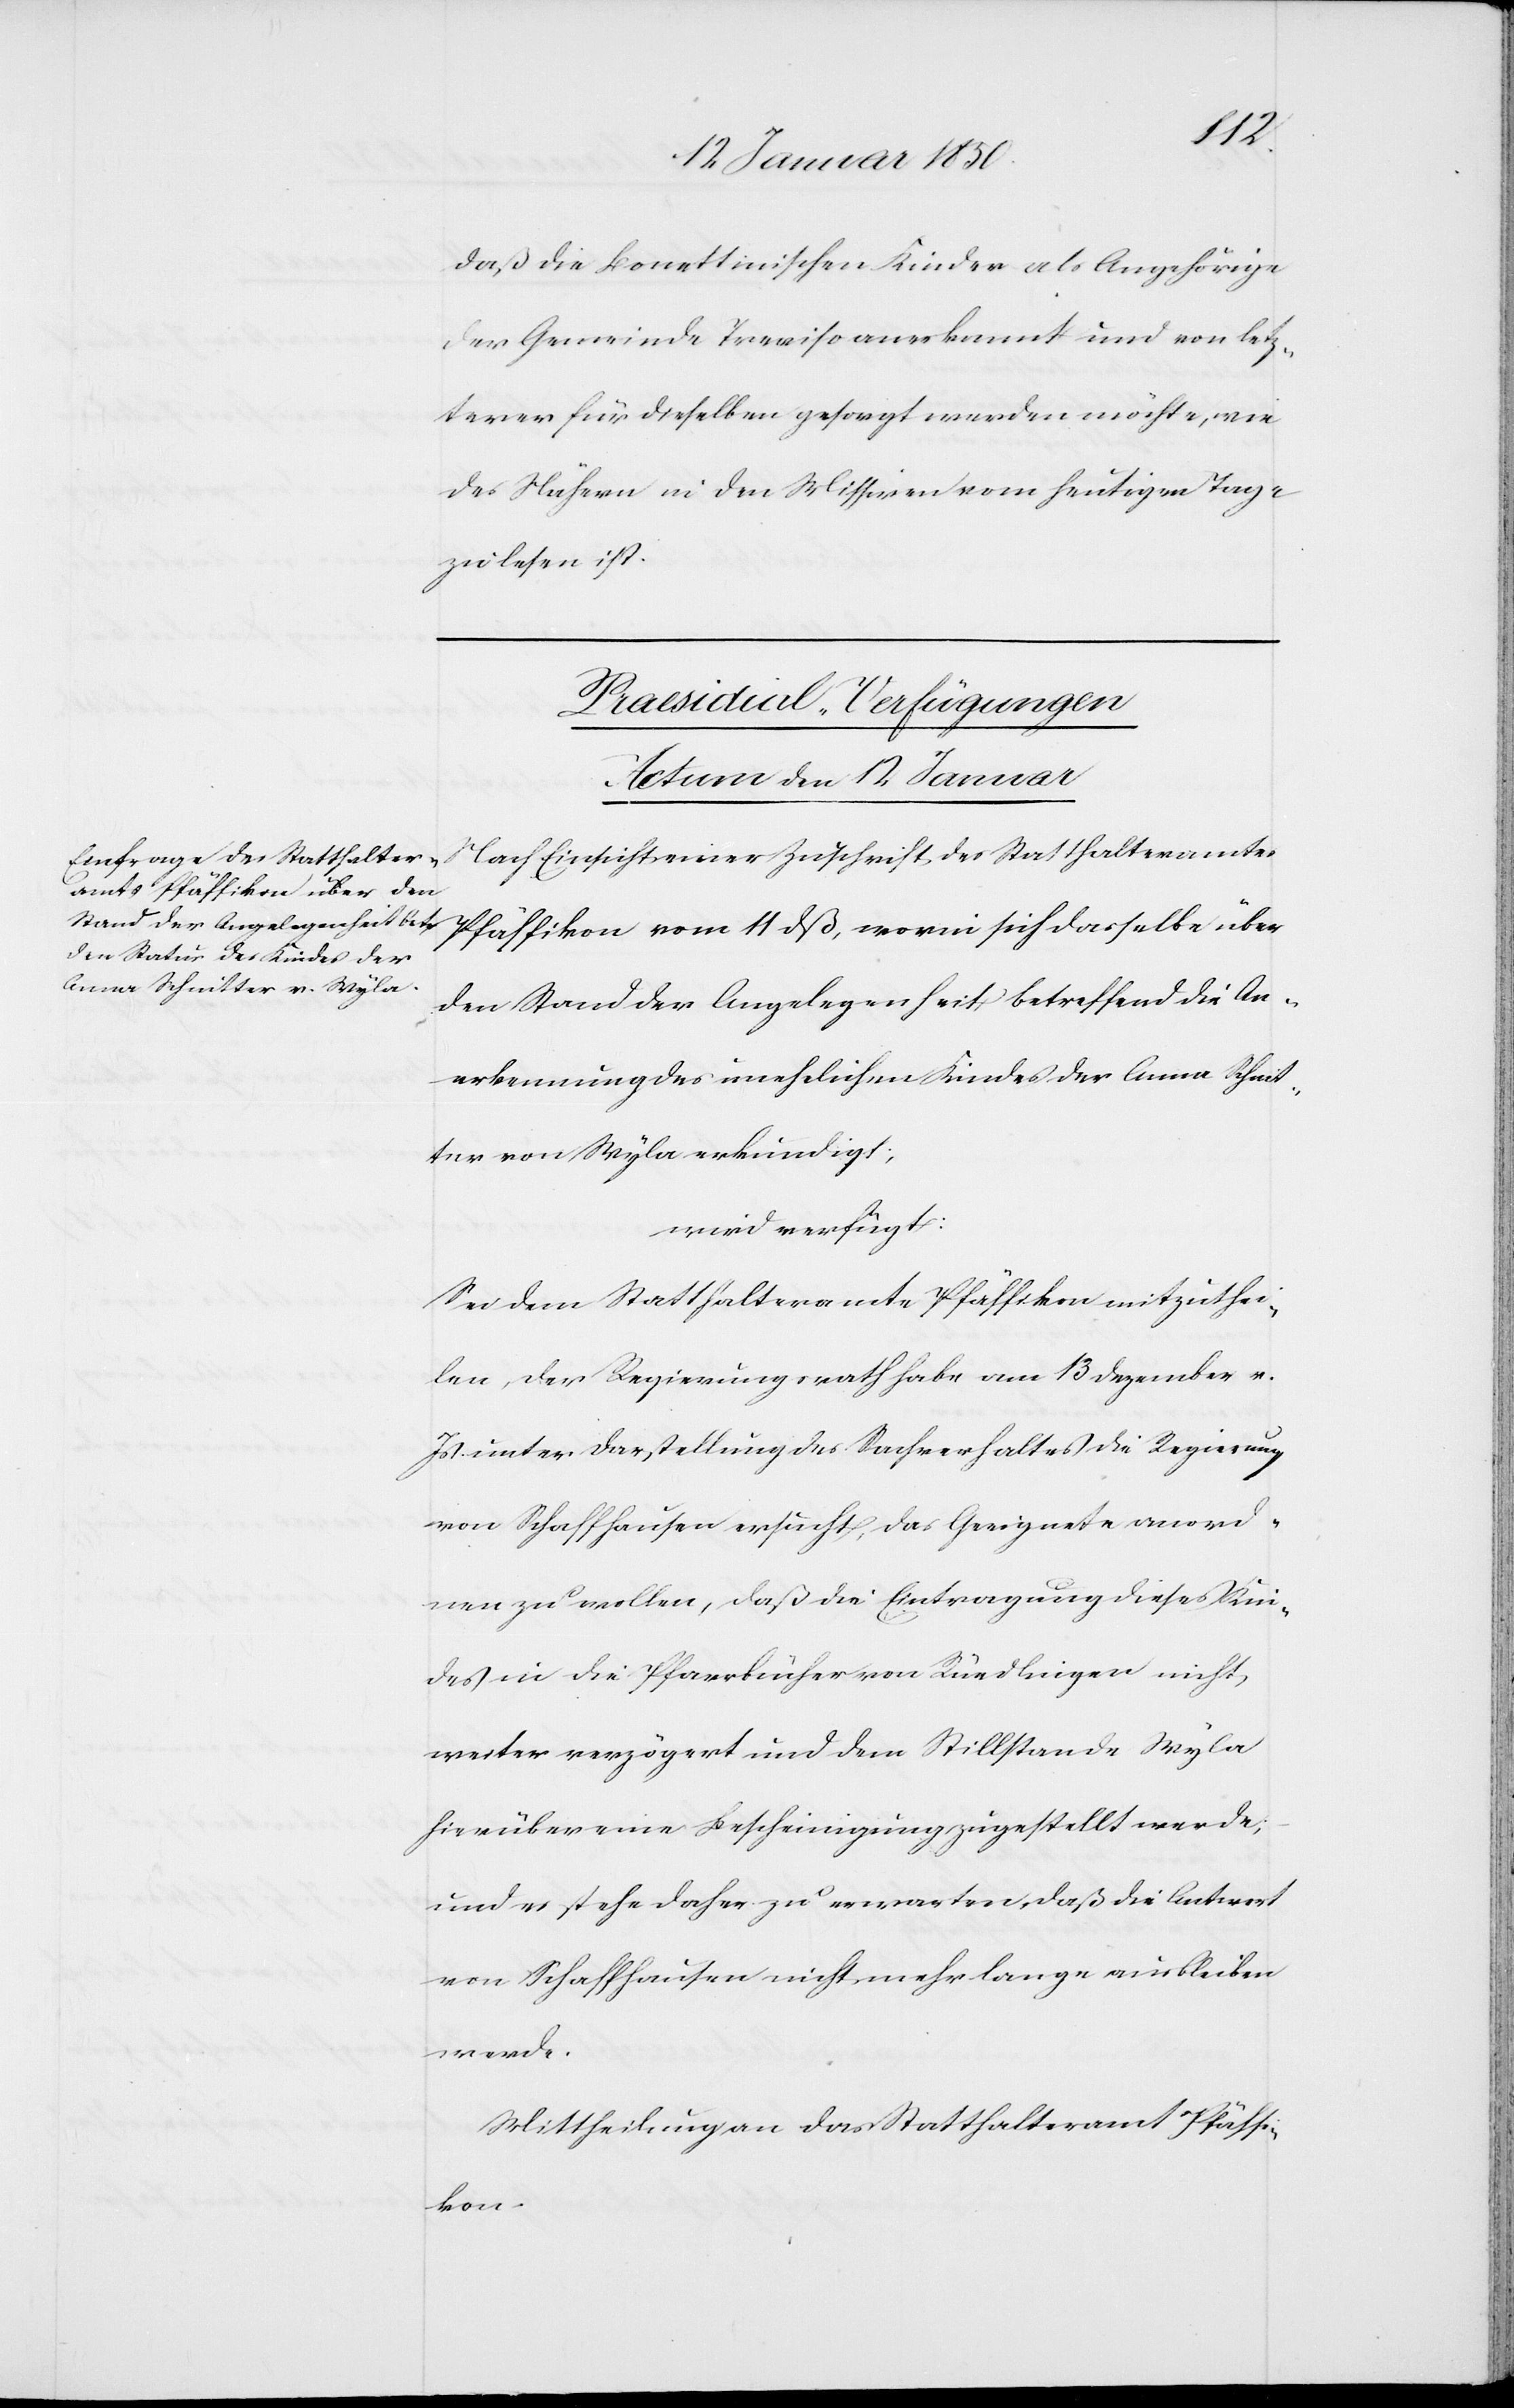
daß die Bonettinischen Kinder als Angehörige
der Gemeinde Treviso anerkannt und von letz¬
terer für dieselben gesorgt werden möchte, wie
des Nähern in den Missiven vom heutigen Tage
zu lesen ist.
Praesidial-Verfügungen
Actum den 12 Januar
Nach Einsicht einer Zuschrift des Statthalteramtes
Pfäffikon vom 11 dß, worin sich dasselbe über
den Stand der Angelegenheit betreffend die An¬
erkennung des unehelichen Kindes der Anna Schmit¬
ter von Wyla erkundigt;
wird verfügt:
Sei dem Statthalteramte Pfäffikon mitzuthei¬
len, der Regierungsrath habe am 13 Dezember v.
Js. unter Darstellung des Sachverhaltes die Regierung
von Schaffhausen ersucht, das Geeignete anord¬
nen zu wollen, daß die Eintragung dieses Kin¬
des in die Pfarrbücher von Rüedlingen nicht
weiter verzögert und dem Stillstande Wyla
hierüber eine Bescheinigung zugestellt werde;
und es stehe daher zu erwarten, daß die Antwort
von Schaffhausen nicht mehr lange ausbleiben
werde.
Mittheilungen des Statthalteramt Pfäffi¬
kon.